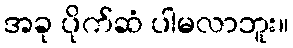
အခု ပိုက်ဆံ ပါမလာဘူး။